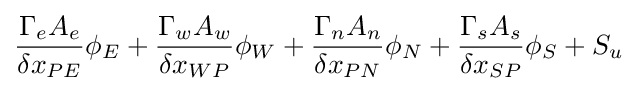
{\frac {{\Gamma {}}_{e}A_{e}}{{\delta {}x}_{PE}}}\phi {}_{E}+{\frac {{\Gamma {}}_{w}A_{w}}{{\delta {}x}_{WP}}}\phi {}_{W}+{\frac {{\Gamma {}}_{n}A_{n}}{{\delta {}x}_{PN}}}\phi {}_{N}+{\frac {{\Gamma {}}_{s}A_{s}}{{\delta {}x}_{SP}}}\phi {}_{S}+S_{u}